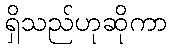
ရှိသည်ဟုဆိုကာ